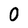
Character: 0